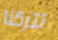
تتركنا